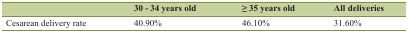
|  | 30 - 34 years old | ≥ 35 years old | All deliveries |
 | --- | --- | --- | --- |
 | Cesarean delivery rate | 40.90% | 46.10% | 31.60% |